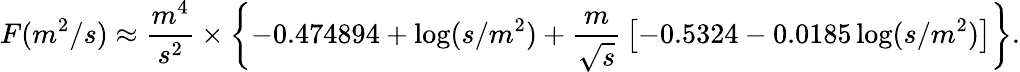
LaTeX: F(m^{2}/s)\approx{\frac{m^{4}}{s^{2}}}\times\left\{ -0.474894+\log(s/m^{2})+{\frac{m}{\sqrt s}}\left[-0.5324-0.0185\log(s/m^{2})\right]\right\} .